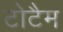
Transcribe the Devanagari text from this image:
टोटैम